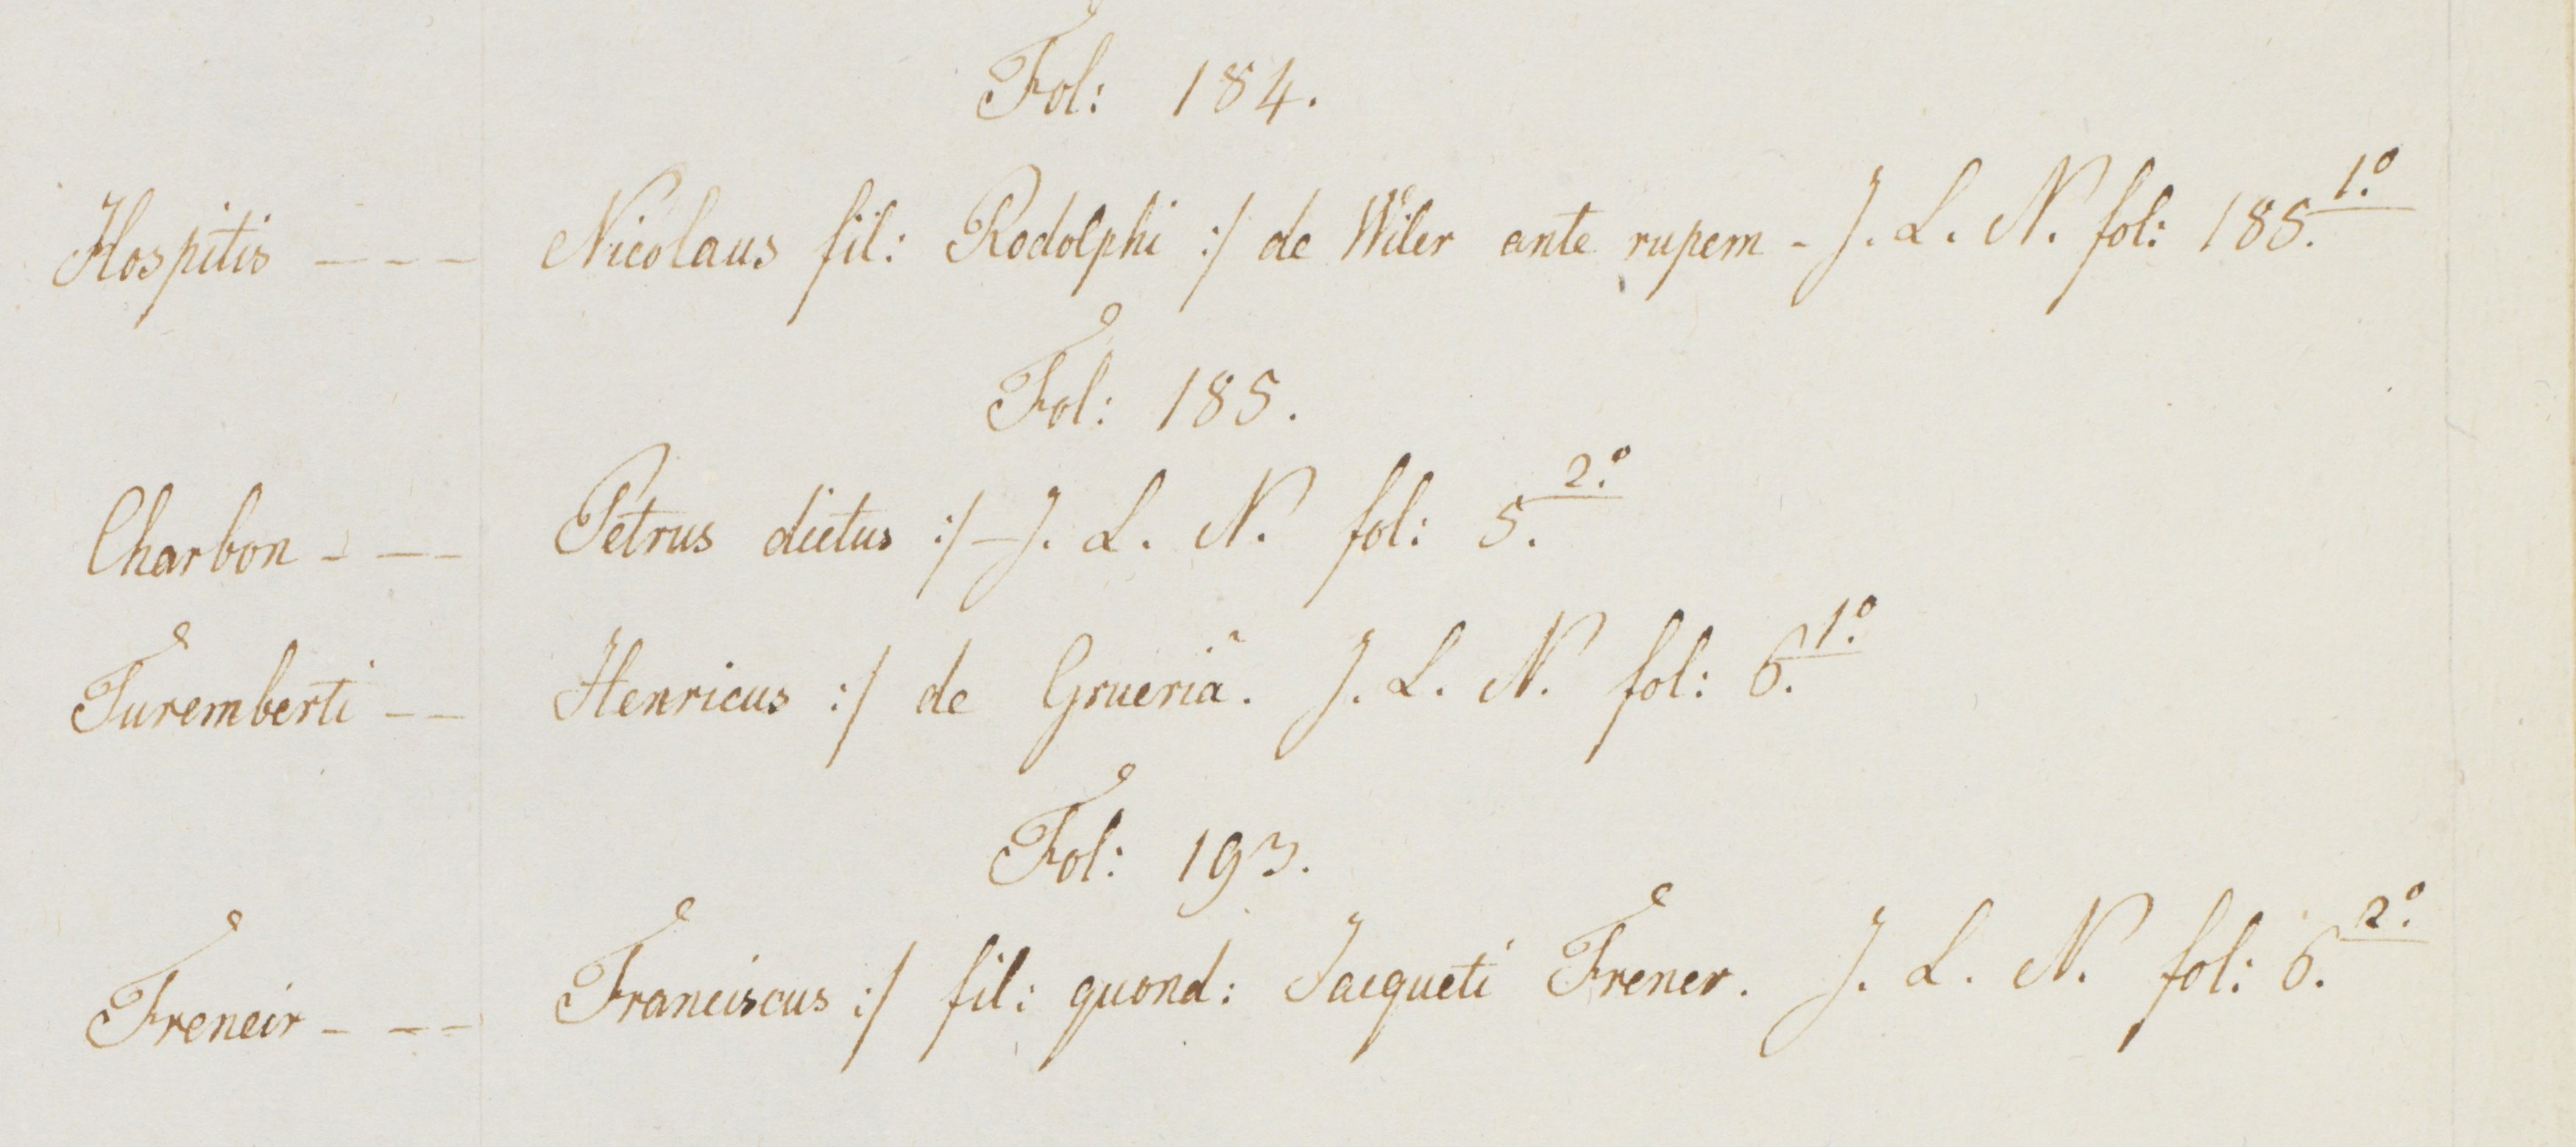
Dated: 1341–1416